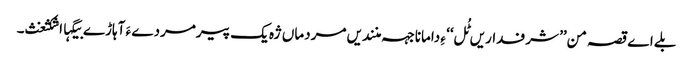
بلے اے قصہ من’’ شرفداریں ٹُل‘‘ ءِ دامانا جہہ منندیں مردماں ژہ یک پیرمردے ءَ آہاڑے بیگہااشکثغث۔